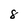
Character: 8